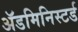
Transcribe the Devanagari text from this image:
ॲडमिनिस्टर्ड